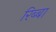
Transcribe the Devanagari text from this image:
रिब्बा